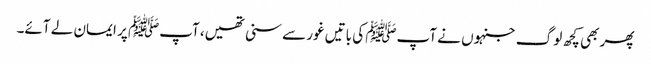
پھر بھی کچھ لوگ جنہوں نے آپﷺ کی باتیں غور سے سنی تھیں، آپﷺ پر ایمان لے آئے۔